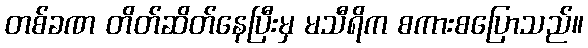
တစ်ခဏ တိတ်ဆိတ်နေပြီးမှ မသီရိက စကားစပြောသည်။